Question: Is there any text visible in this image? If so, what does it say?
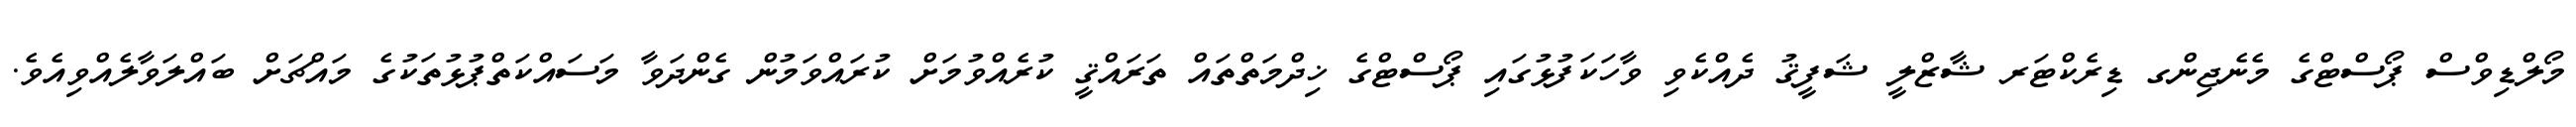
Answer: މޯލްޑިވްސް ޕޯސްޓްގެ މެނެޖިންގ ޑިރެކްޓަރ ޝާޒްލީ ޝަފީޤު ދެއްކެވި ވާހަކަފުޅުގައި ޕޯސްޓްގެ ޚިދްމަތްތައް ތަރައްޤީ ކުރެއްވުމަށް ކުރައްވަމުން ގެންދަވާ މަސައްކަތްޕުޅުތަކުގެ މައްޗަށް ބައްލަވާލެއްވިއެވެ.